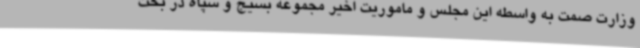
وزارت صمت به واسطه این مجلس و ماموریت اخیر مجموعه بسیج و سپاه در بحث